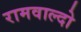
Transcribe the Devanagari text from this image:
रामवाल्दो